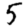
Digit: 5